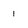
Character: 1